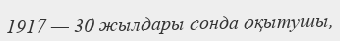
1917 — 30 жылдары сонда оқытушы,